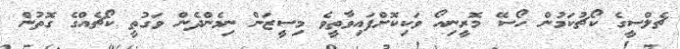
ޗެލްސީގެ ކޯޗުކަމުން ހޯސޭ މޮރީނިއޯ ވަކިކޮށްފައިވާތީވެ މިސީޒަން ނިމެންދެން ވަގުތީ ކޯޗެއްގެ ގޮތުން